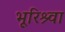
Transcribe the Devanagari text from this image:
भूरिश्र्वा